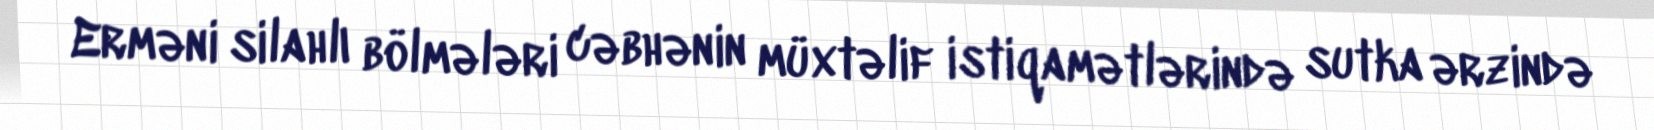
Erməni silahlı bölmələri cəbhənin müxtəlif istiqamətlərində sutka ərzində